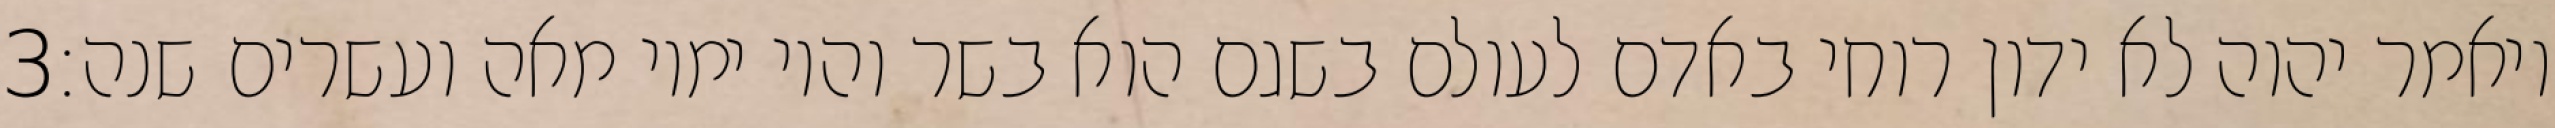
‎3‏ ויאמר יהוה לא ידון רוחי באדם לעולם בשגם הוא בשר והיו ימיו מאה ועשרים שנה׃